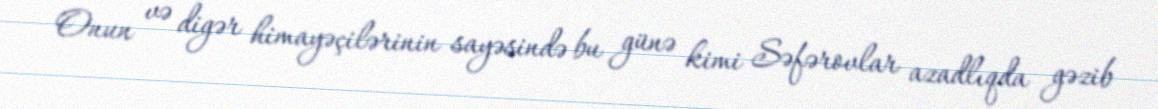
Onun və digər himayəçilərinin sayəsində bu günə kimi Səfərovlar azadlıqda gəzib